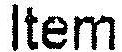
ITEM